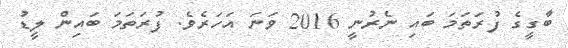
ބާގީގެ ފުރަތަމަ ބައި ނެރުނީ 2016 ވަނަ އަހަރެވެ. ފުރަތަމަ ބައިން ލީޑު